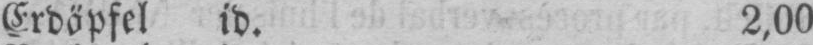
Erdäpfel id. 2,00